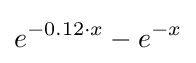
e^{-0.12\cdot x}-e^{-x}